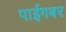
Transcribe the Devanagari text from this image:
पाईगबर